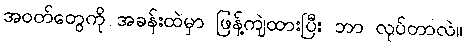
အဝတ်တွေကို အခန်းထဲမှာ ဖြန့်ကျဲထားပြီး ဘာ လုပ်တာလဲ။